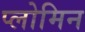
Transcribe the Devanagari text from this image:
प्लोमिन